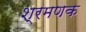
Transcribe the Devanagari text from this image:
श्रमणक